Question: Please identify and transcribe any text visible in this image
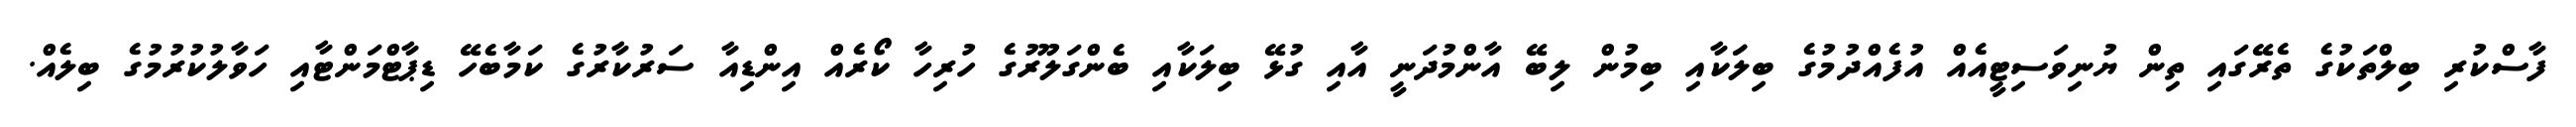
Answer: ފާސްކުރި ބިލްތަކުގެ ތެރޭގައި ތިން ޔުނިވަސިޓީއެއް އުފެއްދުމުގެ ބިލަަކާއި ބިމުން ލިބޭ އާންމުދަނީ އާއި ގުޅޭ ބިލަކާއި ބެންގަލޫރުގެ ހުރިހާ ކޯރެއް އިންޑިއާ ސަރުކާރުގެ ކަމާބެހޭ ޑިޕާޓްމަންޓާއި ހަވާލުކުރުމުގެ ބިލެއް.